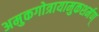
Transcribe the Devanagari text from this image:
अमुकगोत्रायामुकशर्मण्